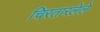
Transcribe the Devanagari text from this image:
चिरतारलेले